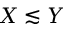
X \lesssim Y